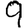
Digit: 9